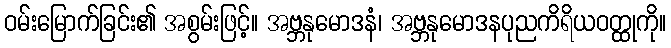
ဝမ်းမြောက်ခြင်း၏ အစွမ်းဖြင့်။ အဗ္ဘနုမောဒနံ၊ အဗ္ဘနုမောဒနပုညကိရိယဝတ္ထုကို။